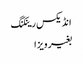
انڈیکس رینکنگ
بغیر ویزا